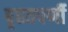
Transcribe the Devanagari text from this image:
बृहतपर्णी